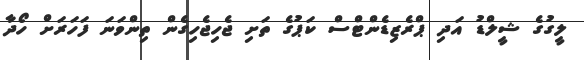
ލީގުގެ ޝީލްޑު އަދި ޕްރެޒިޑެންޓްސް ކަޕުގެ ތަށި ޖެހިޖެހިގެން ތިންވަނަ ފަހަރަށް ހޯދާ